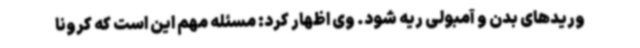
وریدهای بدن و آمبولی ریه شود. وی اظهار کرد: مسئله مهم این است که کرونا